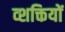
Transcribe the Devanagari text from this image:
व्शक्तियों